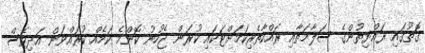
ގޮތުގައި ރައްޔިތުންގެ ސަލާމަތާއި ރައްކާތެރިކަމަށްޓަކައި ކުރަން ޖެހުނު ކޮންމެ ކަމެއް ކުރައްވަން އަދިވެސް